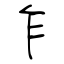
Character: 乍